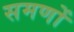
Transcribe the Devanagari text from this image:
समणों